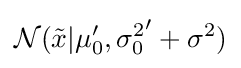
{\mathcal {N}}({\tilde {x}}|\mu _{0}',{\sigma _{0}^{2}}'+\sigma ^{2})